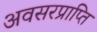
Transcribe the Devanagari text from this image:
अवसरप्राप्ति